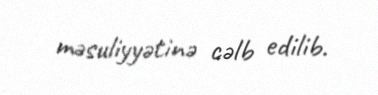
məsuliyyətinə cəlb edilib.